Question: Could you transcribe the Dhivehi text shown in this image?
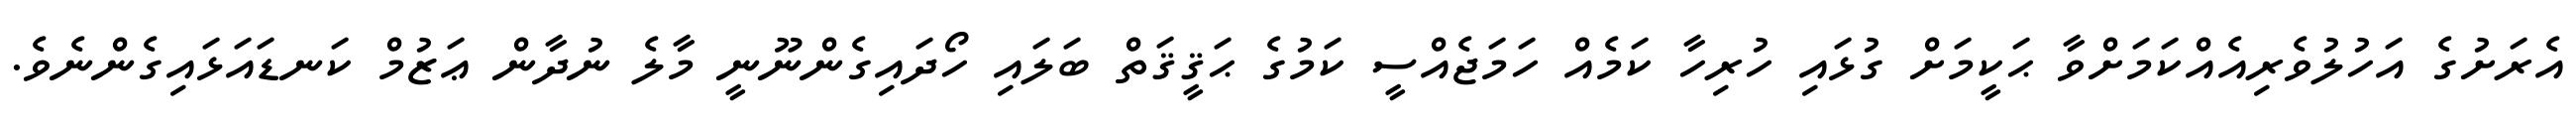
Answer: އެރަށުގެ އަހުލުވެރިއެއްކަމަށްވާ ޙަކީމަށް ގުޅައި ހުރިހާ ކަމެއް ހަމަޖެއްސީ ކަމުގެ ޙަޤީޤަތް ބަލައި ހޯދައިގެންނޫނީ މާލެ ނުދާން ޢަޒުމް ކަނޑައަޅައިގެންނެވެ.